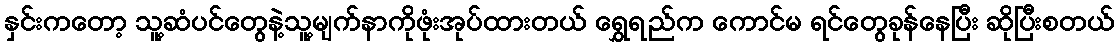
နှင်းကတော့ သူ့ဆံပင်တွေနဲ့သူ့မျက်နာကိုဖုံးအုပ်ထားတယ် ရွှေရည်က ကောင်မ ရင်တွေခုန်နေပြီး ဆိုပြီးစတယ်